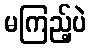
မကြည့်ပဲ